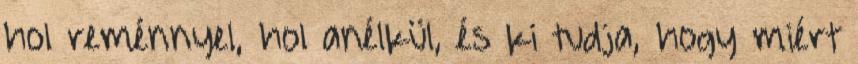
hol reménnyel, hol anélkül, és ki tudja, hogy miért